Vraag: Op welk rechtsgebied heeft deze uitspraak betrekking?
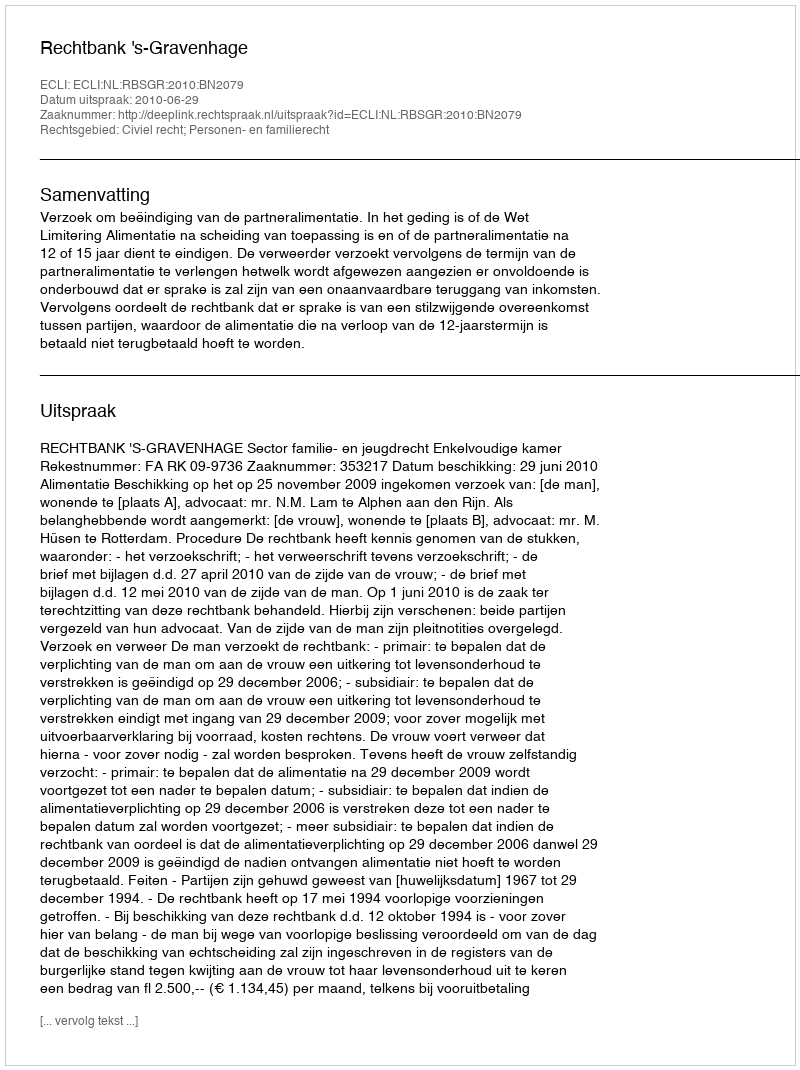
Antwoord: Civiel recht; Personen- en familierecht